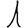
Digit: 1